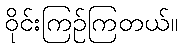
ဝိုင်းကြဉ်ကြတယ်။